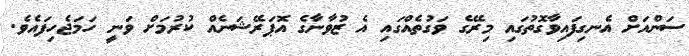
ސަންއަށް އެނގިފައިވާގޮތުގައި މިރޭގެ ވަގުތެއްގައި އެ ޒުވާނާގެ އޮޕަރޭޝަނެއް ކުރުމަށް ވަނީ ހަމަޖެހިފައެވެ.